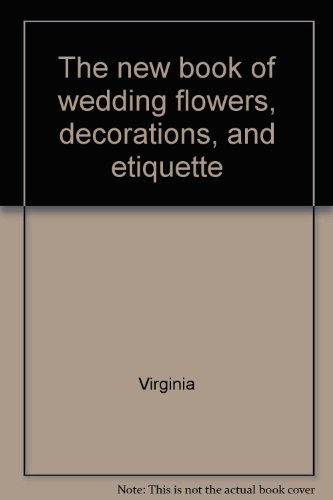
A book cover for The new book of wedding flowers, decorations, and etiquette; Virginia (Hickman) Clark; Crafts, Hobbies & Home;